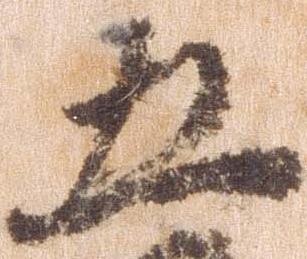
五